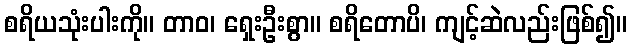
စရိယသုံးပါးကို။ တာဝ၊ ရှေးဦးစွာ။ စရိတောပိ၊ ကျင့်ဆဲလည်းဖြစ်၍။